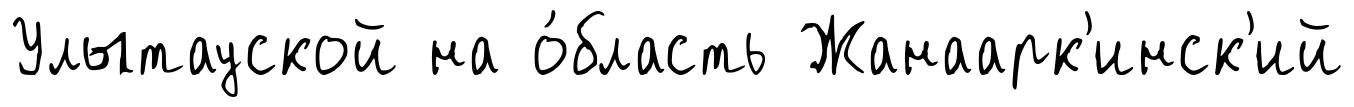
Улытауской на о́бласть Жанаарк'инск'ий